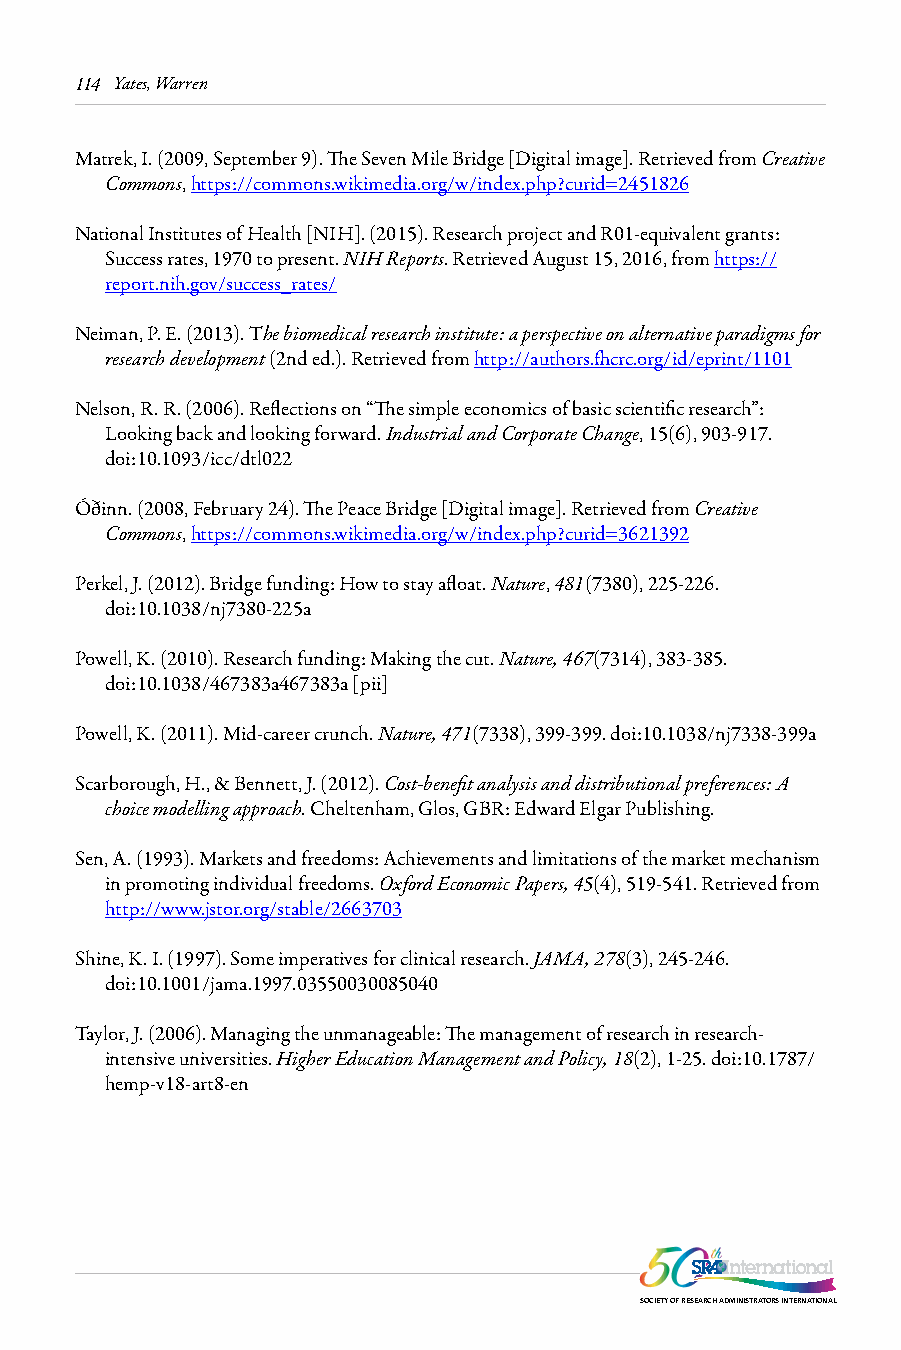
114 Yates, Warren
 Matrek, I. (2009, September 9). The Seven Mile Bridge [Digital image]. Retrieved from Creative
 Commons, https://commons.wikimedia.org/w/index.php?curid=2451826
 National Institutes of Health [NIH]. (2015). Research project and R01-equivalent grants:
 Success rates, 1970 to present. NIH Reports. Retrieved August 15, 2016, from https://
 report.nih.gov/success_rates/
 Neiman, P. E. (2013). The biomedical research institute: a perspective on alternative paradigms for
 research development (2nd ed.). Retrieved from http://authors.fhcrc.org/id/eprint/1101
 Nelson, R. R. (2006). Reflections on “The simple economics of basic scientific research”:
 Looking back and looking forward. Industrial and Corporate Change, 15(6), 903-917.
 doi:10.1093/icc/dtl022
 Óðinn. (2008, February 24). The Peace Bridge [Digital image]. Retrieved from Creative
 Commons, https://commons.wikimedia.org/w/index.php?curid=3621392
 Perkel, J. (2012). Bridge funding: How to stay afloat. Nature, 481(7380), 225-226.
 doi:10.1038/nj7380-225a
 Powell, K. (2010). Research funding: Making the cut. Nature, 467(7314), 383-385.
 doi:10.1038/467383a467383a [pii]
 Powell, K. (2011). Mid-career crunch. Nature, 471(7338), 399-399. doi:10.1038/nj7338-399a
 Scarborough, H., & Bennett, J. (2012). Cost-benefit analysis and distributional preferences: A
 choice modelling approach. Cheltenham, Glos, GBR: Edward Elgar Publishing.
 Sen, A. (1993). Markets and freedoms: Achievements and limitations of the market mechanism
 in promoting individual freedoms. Oxford Economic Papers, 45(4), 519-541. Retrieved from
 http://www.jstor.org/stable/2663703
 Shine, K. I. (1997). Some imperatives for clinical research. JAMA, 278(3), 245-246.
 doi:10.1001/jama.1997.03550030085040
 Taylor, J. (2006). Managing the unmanageable: The management of research in research-
 intensive universities. Higher Education Management and Policy, 18(2), 1-25. doi:10.1787/
 hemp-v18-art8-en
 SOCIETY OF RESEARCH ADMINISTRATORS INTERNATIONAL